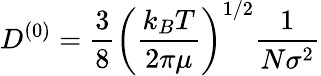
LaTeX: D^{(0)}=\frac{3}{8}\left(\frac{k_{B}T}{2\pi\mu}\right)^{1/2}\frac{1}{N\sigma^{2}}